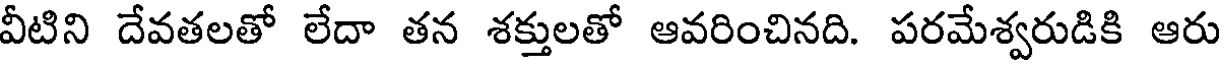
వీటిని దేవతలతో లేదా తన శక్తులతో ఆవరించినది. పరమేశ్వరుడికి ఆరు